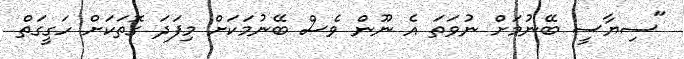
"ސިޔާސީ ބޭނުމަށް ނުވަތަ އެ ނޫން ވެސް ބޭނުމަކަށް މިފަދަ ގޮތަކަށް ހަގީގަތް